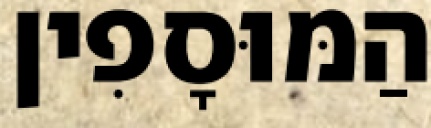
הַמּוּסָפִין